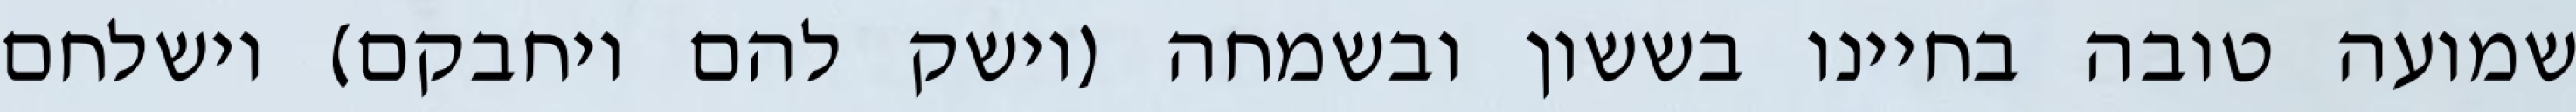
שמועה טובה בחיינו בששון ובשמחה (וישק להם ויחבקם) וישלחם